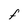
Character: F